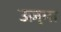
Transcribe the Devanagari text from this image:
उज़्मा